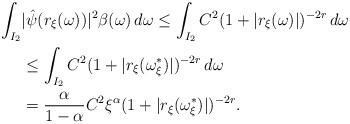
LaTeX: \begin{align*}\int_{I_2} & |\hat{\psi}(r_{\xi}(\omega)) |^2 \beta(\omega)\, d\omega \leq \int_{I_2} C^2 (1 + | r_{\xi}(\omega) |)^{-2r} \, d\omega \\& \leq \int_{I_2} C^2 (1 + | r_{\xi}(\omega_{\xi}^{\ast}) |)^{-2r}\, d\omega \\& = \frac{\alpha}{1 - \alpha} C^2 \xi^{\alpha} (1 + | r_{\xi}(\omega_{\xi}^{\ast}) |)^{-2r}.\end{align*}